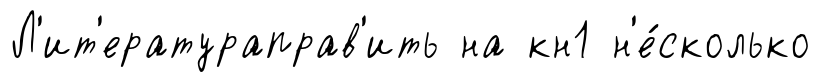
Л'ит'ератураправ'ить на кн1 н'е́сколько